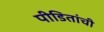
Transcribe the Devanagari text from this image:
पीडितांची